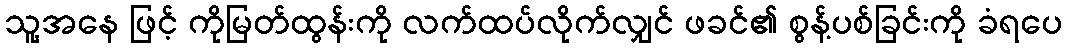
သူ့အနေ ဖြင့် ကိုမြတ်ထွန်းကို လက်ထပ်လိုက်လျှင် ဖခင်၏ စွန့်ပစ်ခြင်းကို ခံရပေ